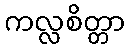
ကလ္လစိတ္တာ